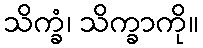
သိက္ခံ၊ သိက္ခာကို။